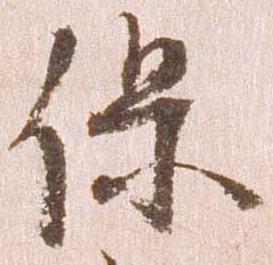
保